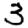
Digit: 3